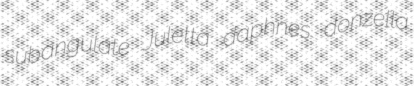
subangulate Juletta daphnes donzella